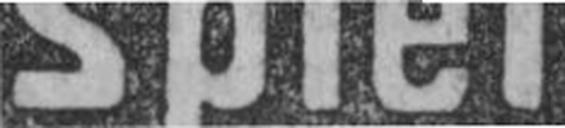
spiel